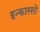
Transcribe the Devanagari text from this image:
इन्कास्सो